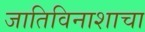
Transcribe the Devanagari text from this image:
जातिविनाशाचा